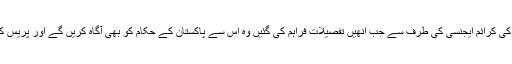
انھوں نے کہا کہ برطانیہ کی کرائم ایجنسی کی طرف سے جب انھیں تفصیلات فراہم کی گئیں وہ اس سے پاکستان کے حکام کو بھی آگاہ کریں گے اور پریس کو بھی اعتماد میں لیں گے۔